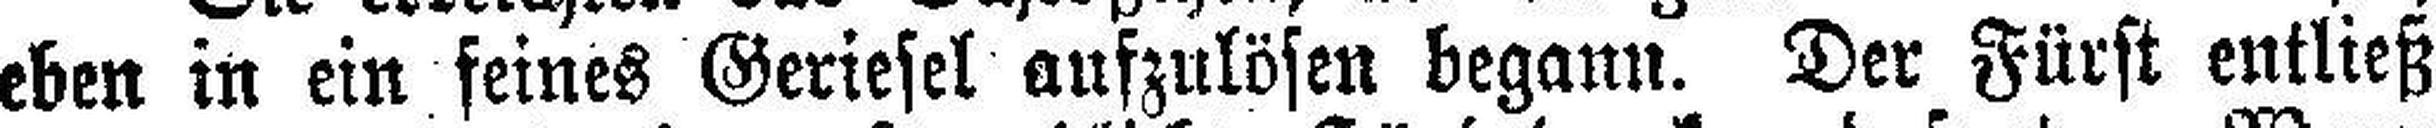
eben in ein feines Geriesel aufzulösen begann. Der Fürst entließ